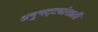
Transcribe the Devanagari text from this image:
अनुभट्ट्यांसाठी